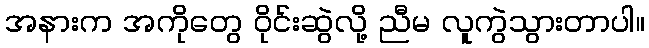
အနားက အကိုတွေ ဝိုင်းဆွဲလို့ ညီမ လူကွဲသွားတာပါ။